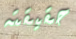
حقيقته